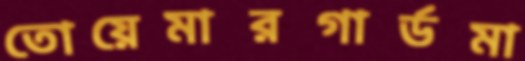
তোয়েমারগার্ডমা